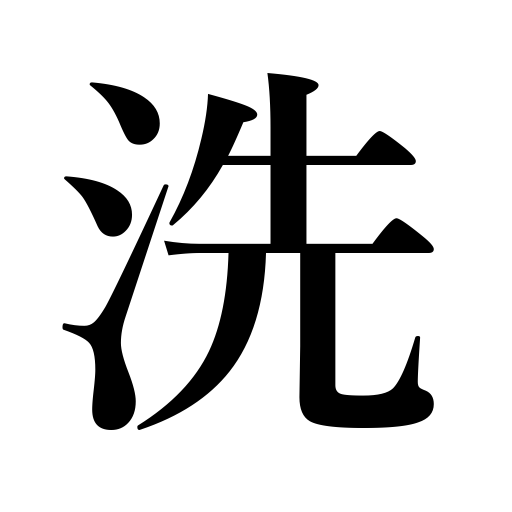
Meanings: probe,inquire into,wash